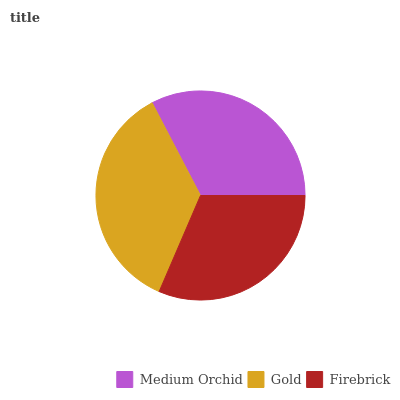
| Medium Orchid | Gold | Firebrick |
 | --- | --- | --- |
 | 32.6% | 35.8% | 31.5% |